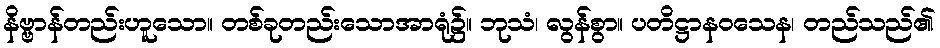
နိဗ္ဗာန်တည်းဟူသော။ တစ်ခုတည်းသောအာရုံ၌။ ဘုသံ၊ လွန်စွာ။ ပတိဋ္ဌာနဝသေန၊ တည်သည်၏